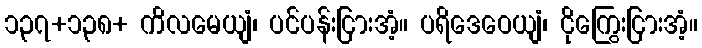
၁၃၇+၁၃၈+ ကိလမေယျံ၊ ပင်ပန်းငြားအံ့။ ပရိဒေဝေယျံ၊ ငိုကြွေးငြားအံ့။